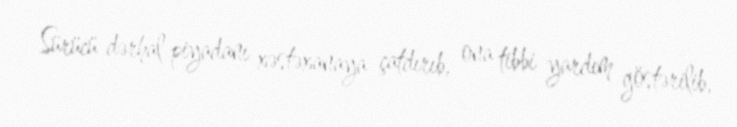
Sürücü dərhal piyadanı xəstəxanaya çatdırıb, ona tibbi yardım göstərilib,